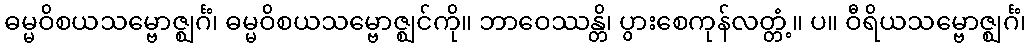
ဓမ္မဝိစယသမ္ဗောဇ္ဈင်္ဂံ၊ ဓမ္မဝိစယသမ္ဗောဇ္ဈင်ကို။ ဘာဝေဿန္တိ၊ ပွားစေကုန်လတ္တံ့။ ပ။ ဝီရိယသမ္ဗောဇ္ဈင်္ဂံ၊